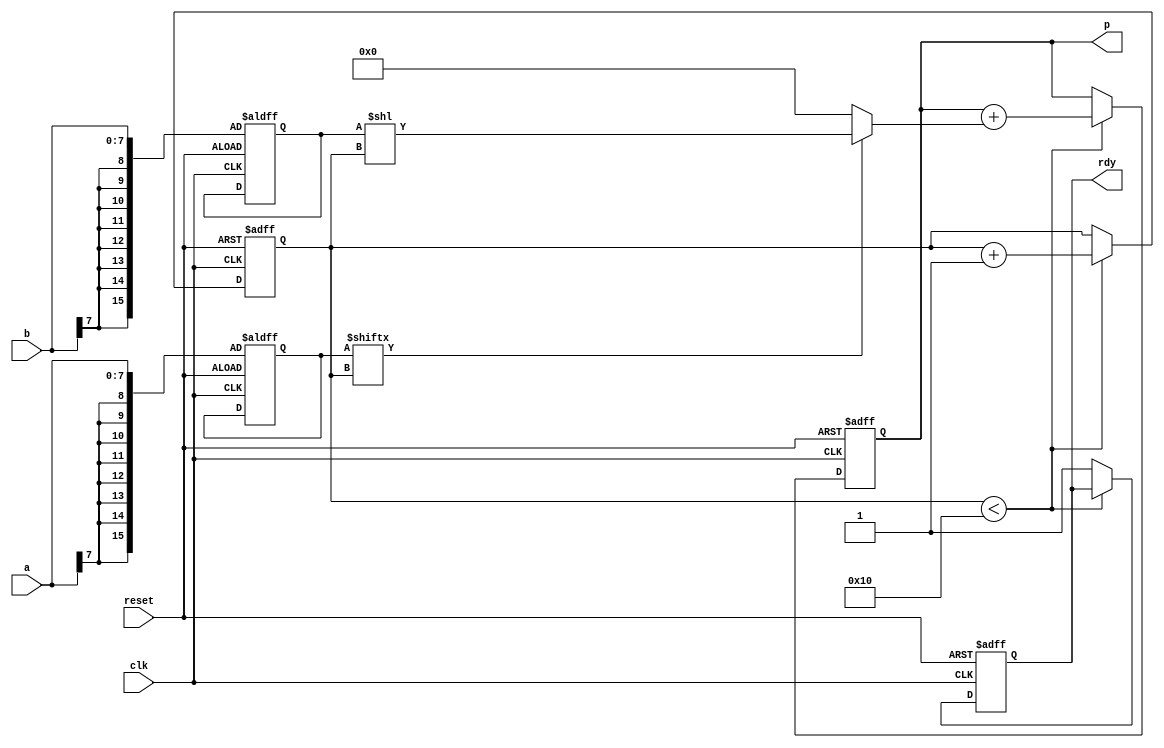
//                              -*- Mode: Verilog -*-
// Description     : Sequential multiplier

// This implementation corresponds to a sequential multiplier that implements multiplication of two numbers in
// twos complement format.




`define width 8
`define ctrwidth 4

module seq_mult (
		 // Outputs
		 p, rdy, 
		 // Inputs
		 clk, reset, a, b
		 ) ;

input clk, reset;
input [`width-1:0] 	 a, b;
output reg [`width*2 - 1:0] p;
output reg rdy;
reg [`width*2-1:0] multiplier , multiplicand;
reg [`ctrwidth:0] ctr;
always @(posedge clk or posedge reset) 
    if (reset) begin
        rdy <= 0;
        p 	<= 0;
        ctr <= 0;
        multiplier <= {{`width{a[`width-1]}}, a}; // sign-extend
        multiplicand <= {{`width{b[`width-1]}}, b}; // sign-extend
    end
    else begin
        if (ctr < `width*2) begin
            p <= p + ((multiplier[ctr])?(multiplicand<<ctr):0);
            ctr = ctr + 1;
        end
    
    else
        rdy <= 1;
    end


endmodule